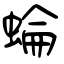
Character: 蜦